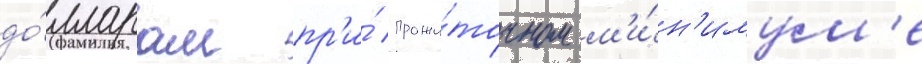
до́лларам пр'и́ прожи́точном м'и́н'имум'е